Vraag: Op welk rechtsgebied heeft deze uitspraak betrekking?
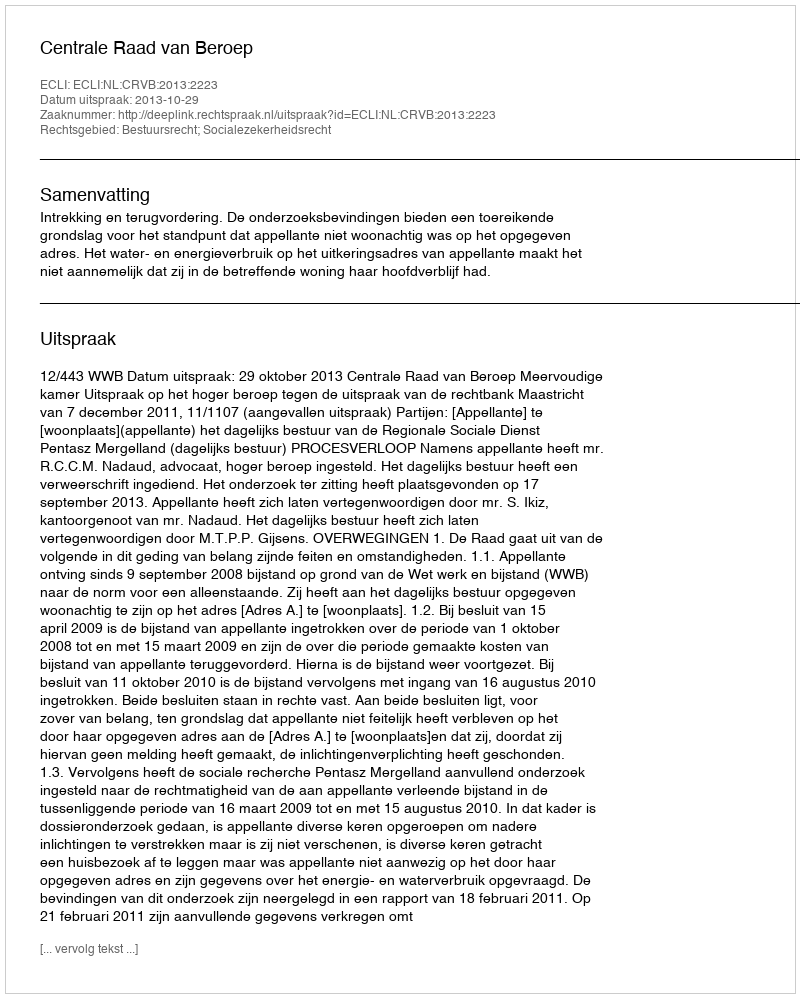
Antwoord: Bestuursrecht; Socialezekerheidsrecht